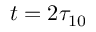
t = 2 \tau _ { 1 0 }